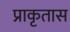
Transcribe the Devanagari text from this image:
प्राकृतास